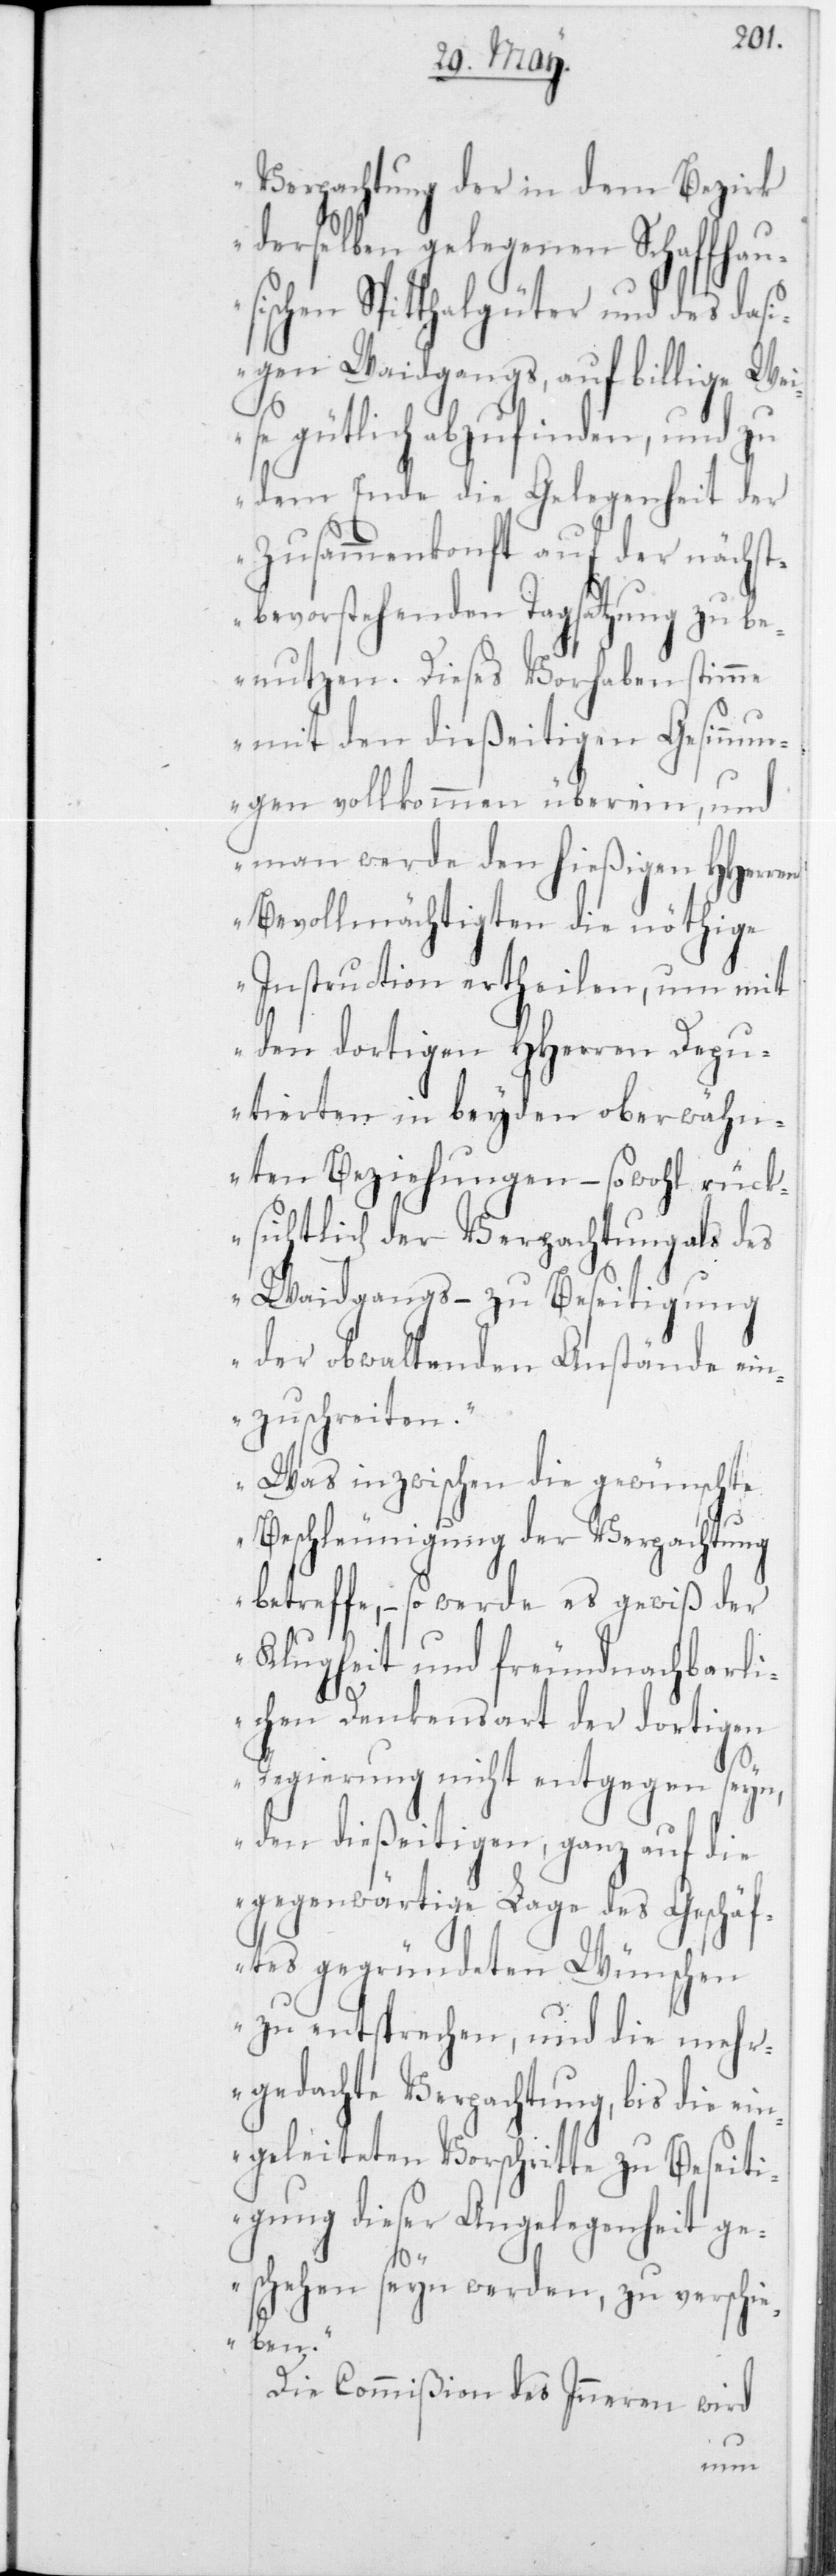
Verpachtung der in dem Bezirk
derselben gelegenen Schaffhau¬
sischen Spitthalgüter und des das¬
igen Weidgangs, auf billige Wei¬
se gütlich abzufinden, und zu
dem Ende die Gelegenheit der
Zusammenkonft auf der nächst
bevorstehenden Tagsatzung zu be¬
nutzen. Dieses Vorhaben stimme
mit den dießeitigen Gesinnun¬
gen vollkommen überein, und
man werde den hießigen HHerren
Bevollmächtigten die nöthige
Instruction ertheilen, um mit
den dortigen HHerren Depu¬
tierten in beyden oberwähn¬
ten Beziehungen, – sowohl rück¬
sichtlich der Verpachtung als des
Weidgangs – zu Beseitigung
der obwaltenden Anstände ein¬
zuschreiten.
Was inzwischen die gewünschte
Beschleunigung der Verpachtung
betreffe, – so werde es gewiß der
Klugheit und freundnachbarli¬
chen Denkensart der dortigen
Regierung nicht entgegen seyn,
den dießeitigen, ganz auf die
gegenwärtige Lage des Geschäf¬
tes gegründeten Wünschen
zu entsprechen, und die mehr¬
gedachte Verpachtung, bis die ein¬
geleiteten Vorschritte zu Beseiti¬
gung dieser Angelegenheit ge¬
schehen seyn werden, zu verschie¬
ben“.
Die Commißion des Inneren wird